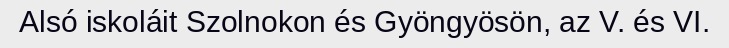
Alsó iskoláit Szolnokon és Gyöngyösön, az V. és VI.